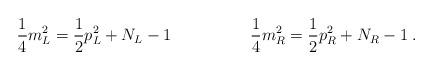
LaTeX: \begin{align*}\frac{1}{4}m_{L}^{2}=\frac{1}{2}p_{L}^{2}+N_{L}-1 \hspace{2cm}\frac{1}{4}m_{R}^{2}=\frac{1}{2}p_{R}^{2}+N_{R}-1\;.\end{align*}